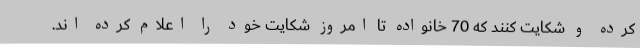
کرده و شکایت کنند که 70 خانواده تا امروز شکایت خود را اعلام کرده اند.